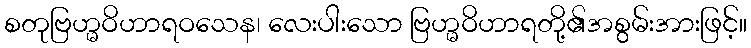
စတုဗြဟ္မဝိဟာရဝသေန၊ လေးပါးသော ဗြဟ္မဝိဟာရတို့၏အစွမ်းအားဖြင့်။